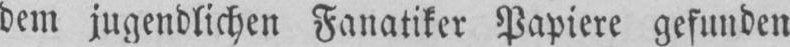
dem jugendlichen Fanatiker Papiere gefunden